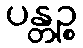
ပန္တဉ္စ